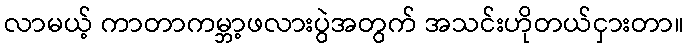
လာမယ့် ကာတာကမ္ဘာ့ဖလားပွဲအတွက် အသင်းဟိုတယ်ငှားတာ။